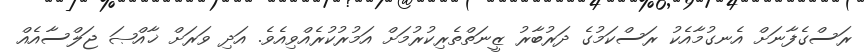
ރަސްގެފާނަށް އެނގުމާއެކު ރަސްކަމުގެ ދަރުބާރު ޒީނަތްތެރިކުރުމަށް އަމުރުކުރެއްވިއެވެ. އަދި ވަރަށް ޚާއްޞަ ޖަލްސާއެއް